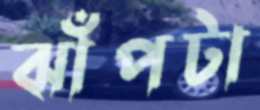
ঝাঁপটা